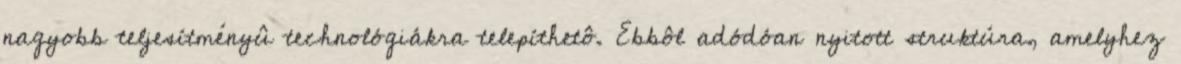
nagyobb teljesítményû technológiákra telepíthetô. Ebbôl adódóan nyitott struktúra, amelyhez